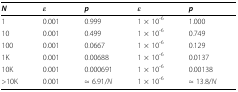
<table><thead><tr><td><b><i>N</i></b></td><td><b><i>ε</i></b></td><td><b><i>p</i></b></td><td><b><i>ε</i></b></td><td><b><i>p</i></b></td></tr></thead><tbody><tr><td>1</td><td>0.001</td><td>0.999</td><td>1 × 10<sup>-6</sup></td><td>1.000</td></tr><tr><td>10</td><td>0.001</td><td>0.499</td><td>1 × 10<sup>-6</sup></td><td>0.749</td></tr><tr><td>100</td><td>0.001</td><td>0.0667</td><td>1 × 10<sup>-6</sup></td><td>0.129</td></tr><tr><td>1K</td><td>0.001</td><td>0.00688</td><td>1 × 10<sup>-6</sup></td><td>0.0137</td></tr><tr><td>10K</td><td>0.001</td><td>0.000691</td><td>1 × 10<sup>-6</sup></td><td>0.00138</td></tr><tr><td>&gt;10K</td><td>0.001</td><td>≈ 6.91/<i>N</i></td><td>1 × 10<sup>-6</sup></td><td>≈ 13.8/<i>N</i></td></tr></tbody></table>